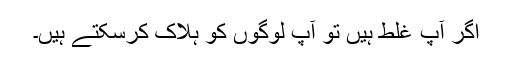
اگر آپ غلط ہیں تو آپ لوگوں کو ہلاک کرسکتے ہیں۔